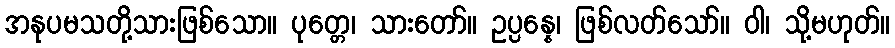
အနုပမသတို့သားဖြစ်သော။ ပုတ္တေ၊ သားတော်။ ဥပ္ပန္နေ၊ ဖြစ်လတ်သော်။ ဝါ၊ သို့မဟုတ်။